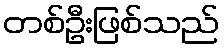
တစ်ဦးဖြစ်သည်